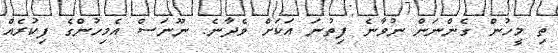
ތި މީހުން ގެންނަން ނުވާނެ ފިތުނަ އަކަށް ވެދާނެ. ނޫނަސް އެމިހުންގެ ފިކުރެއް